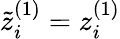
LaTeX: \tilde{z}_{i}^{(1)}=z_{i}^{(1)}